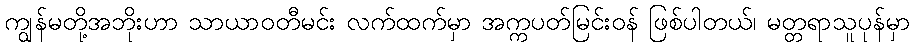
ကျွန်မတို့အဘိုးဟာ သာယာဝတီမင်း လက်ထက်မှာ အက္ကပတ်မြင်းဝန် ဖြစ်ပါတယ်၊ မတ္တရာသူပုန်မှာ